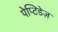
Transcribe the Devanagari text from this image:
पेप्टिडेज़